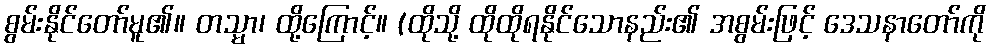
စွမ်းနိုင်တော်မူ၏။ တသ္မာ၊ ထို့ကြောင့်။ (ထိုသို့ ထိုထိုရနိုင်သောနည်း၏ အစွမ်းဖြင့် ဒေသနာတော်ကို